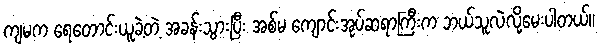
ကျမက ရေတောင်းယူခဲ့တဲ့ အခန်းသွားပြီး အစ်မ ကျောင်းအုပ်ဆရာကြီးက ဘယ်သူလဲလို့မေးပါတယ်။